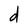
Character: d